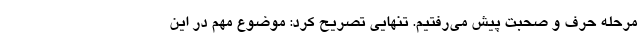
مرحله حرف و صحبت پیش می‌رفتیم. تنهایی تصریح کرد: موضوع مهم در این